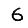
Digit: 6